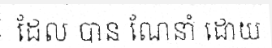
ដែល បាន ណែនាំ ដោយ